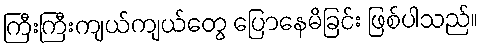
ကြီးကြီးကျယ်ကျယ်တွေ ပြောနေမိခြင်း ဖြစ်ပါသည်။